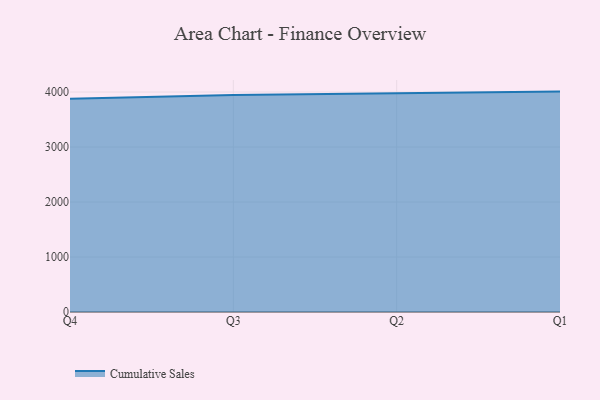
{"axis": {"x": "Quarter", "y": "Operating Costs (USD K)"}, "legend": ["Cumulative Sales"], "data": [{"x": "Q4", "y": 3878.1, "type": "Cumulative Sales"}, {"x": "Q3", "y": 3944.4, "type": "Cumulative Sales"}, {"x": "Q2", "y": 3977.8, "type": "Cumulative Sales"}, {"x": "Q1", "y": 4007.4, "type": "Cumulative Sales"}]}